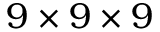
9 \times 9 \times 9